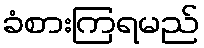
ခံစားကြရမည်